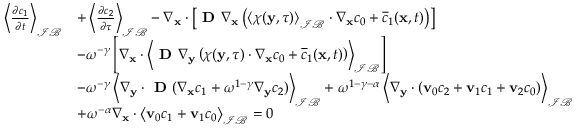
\begin{array} { r l } { \left\langle \frac { \partial c _ { 1 } } { \partial t } \right\rangle _ { \mathcal { I B } } } & { + \left\langle \frac { \partial c _ { 2 } } { \partial \tau } \right\rangle _ { \mathcal { I B } } - \nabla _ { \mathbf x } \cdot \left[ \textbf { D } \nabla _ { \mathbf x } \left( \left\langle \boldsymbol \chi ( \mathbf y , \tau ) \right\rangle _ { \mathcal { I B } } \cdot \nabla _ { \mathbf x } c _ { 0 } + \overline { c } _ { 1 } ( \mathbf x , t ) \right) \right] } \\ & { - \omega ^ { - \gamma } \left[ \nabla _ { \mathbf x } \cdot \left\langle \textbf { D } \nabla _ { \mathbf y } \left( \boldsymbol \chi ( \mathbf y , \tau ) \cdot \nabla _ { \mathbf x } c _ { 0 } + \overline { c } _ { 1 } ( \mathbf x , t ) \right) \right\rangle _ { \mathcal { I B } } \right] } \\ & { - \omega ^ { - \gamma } \left\langle \nabla _ { \mathbf y } \cdot \textbf { D } ( \nabla _ { \mathbf x } c _ { 1 } + \omega ^ { 1 - \gamma } \nabla _ { \mathbf y } c _ { 2 } ) \right\rangle _ { \mathcal { I B } } + \omega ^ { 1 - \gamma - \alpha } \left\langle \nabla _ { \mathbf y } \cdot ( \mathbf v _ { 0 } c _ { 2 } + \mathbf v _ { 1 } c _ { 1 } + \mathbf v _ { 2 } c _ { 0 } ) \right\rangle _ { \mathcal { I B } } } \\ & { + \omega ^ { - \alpha } \nabla _ { \mathbf x } \cdot \left\langle \mathbf v _ { 0 } c _ { 1 } + \mathbf v _ { 1 } c _ { 0 } \right\rangle _ { \mathcal { I B } } = 0 } \end{array}